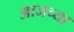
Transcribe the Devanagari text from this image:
अाजच्या